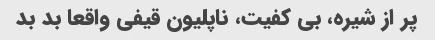
پر از شیره، بی کفیت، ناپلیون قیفی واقعا بد بد